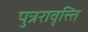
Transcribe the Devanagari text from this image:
पुन्ररावृत्त्ति